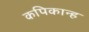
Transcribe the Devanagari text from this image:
कपिकान्ह